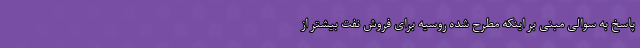
پاسخ به سوالی مبنی بر اینکه مطرح شده روسیه برای فروش نفت بیشتر از